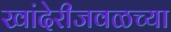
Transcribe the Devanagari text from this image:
खांदेरीजवळच्या